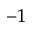
^ { - 1 }